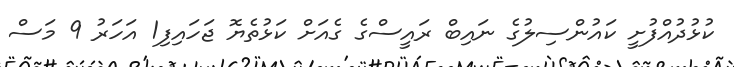
ކުޅުދުއްފުށީ ކައުންސިލުގެ ނައިބް ރައީސްގެ ގެއަށް ކަޅުތެޔޮ ޖަހައިފި1 އަހަރު 9 މަސް